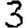
Digit: 3